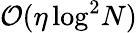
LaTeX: {\cal O}(\eta\log^{2}\! N)